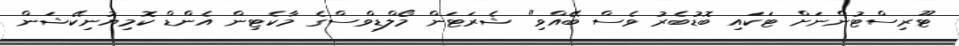
ޓޫރިސްޓުންނަށް ޓަކައި ބޮޑުބެރު ވެސް ބޭއްވި" ޝެރަޓަން މޯލްޑިވްސްގެ މާކެޓިން އެންޑް ކޮމިޔުނިކޭޝަން